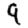
Digit: 9